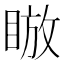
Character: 𪾰